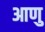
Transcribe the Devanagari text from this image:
आणु